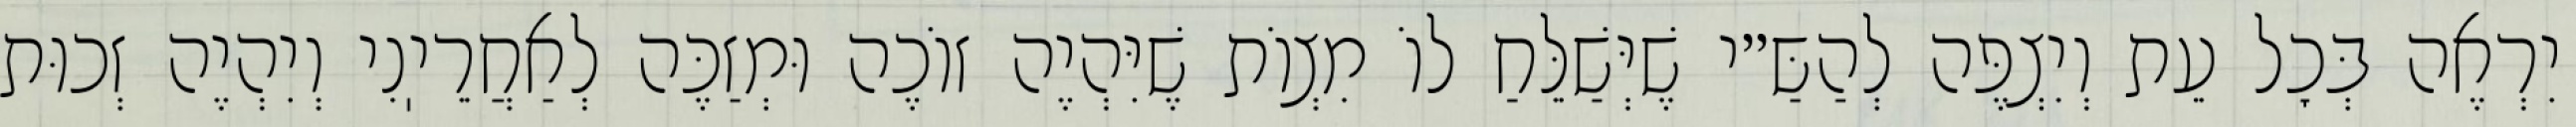
יִרְאֶה בְּכׇל עֵת וְיִצְפֶּה לְהַשַּ״י שֶׁיְּשַׁלֵּחַ לוֹ מִצְוֹת שֶׁיִּהְיֶה זוֹכֶה וּמְזַכֶּה לְאַחֲרֵיֽנִי וְיִהְיֶה זְכוּת